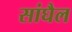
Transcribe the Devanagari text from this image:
सांघैल